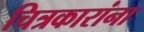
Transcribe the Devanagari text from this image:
चित्रकारांना